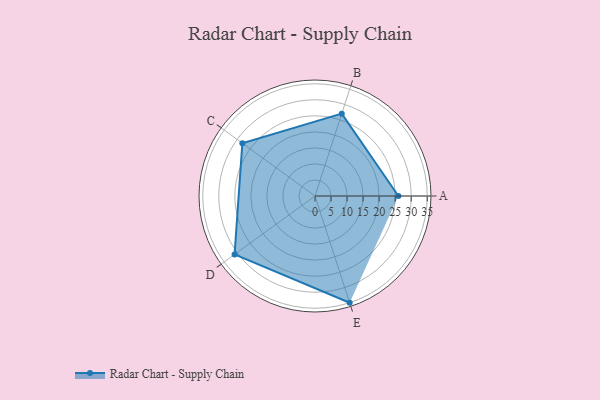
{"axis": {"x": "Skill", "y": "Score"}, "legend": ["Profile"], "data": [{"x": "A", "y": 26.0, "type": "Profile"}, {"x": "B", "y": 27.0, "type": "Profile"}, {"x": "C", "y": 28.0, "type": "Profile"}, {"x": "D", "y": 31.0, "type": "Profile"}, {"x": "E", "y": 35.0, "type": "Profile"}]}